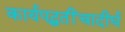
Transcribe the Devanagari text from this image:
कार्यपद्धतींचादीर्घ